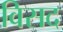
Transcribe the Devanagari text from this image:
विसद